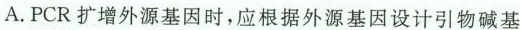
A.PCR扩增外源基因时，应根据外源基因设计引物碱基